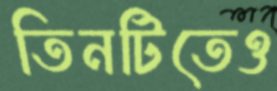
তিনটিতেও